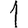
Digit: 1